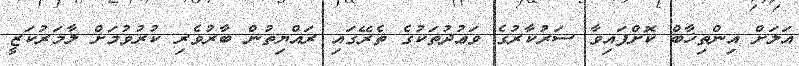
އަލަށް އިންތިޚާބް ކޮށްފައިވާ ސަރުކާރުގެ ވަޢުދުތަކުގެ ތެރޭގައި ރައްޔިތުން ބާރުވެރި ކުރުވުމަށް ލާމަރުކަޒީ